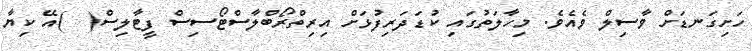
ހަށިގަނޑަށް ވާސިލް ވެއެވެ. މިހާލަތުގައި ކުޑަދަރިފުޅަށް އިރިތްރޯބްލާސްޓޯސިސް ފީޓާލިސް(  )އޭ ކިޔާ